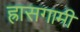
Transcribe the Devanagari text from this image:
ह्रासगामी